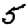
Digit: 5